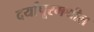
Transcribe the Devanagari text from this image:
दर्यापूरमधील